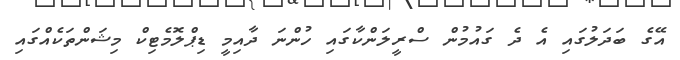
އޭގެ ބަދަލުގައި އެ ދެ ގައުމުން ސްރީލަންކާގައި ހުންނަ ދާއިމީ ޑިޕްލޮމެޓިކް މިޝަންތަކެއްގައި